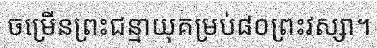
ចម្រើនព្រះជន្មាយុគម្រប់៨០ព្រះវស្សា។